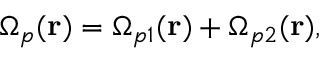
\Omega _ { p } ( \mathbf { r } ) = \Omega _ { p 1 } ( \mathbf { r } ) + \Omega _ { p 2 } ( \mathbf { r } ) ,